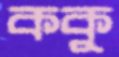
ককু